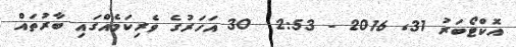
އޮކްޓޯބަރު 31